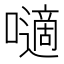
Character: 𡂓